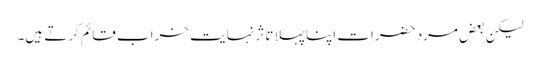
لیکن بعض مرد حضرات اپنا پہلا تاثر نہایت خراب قائم کرتے ہیں۔